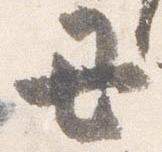
丑